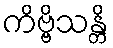
ကိဗ္ဗိသန္တိ